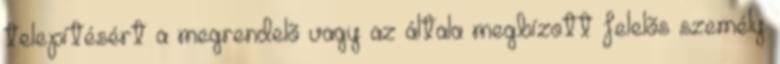
telepítésért a megrendelõ vagy az általa megbízott felelõs személy